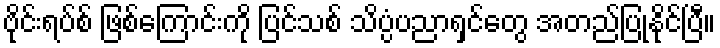
ဗိုင်းရပ်စ် ဖြစ်ကြောင်းကို ပြင်သစ် သိပ္ပံပညာရှင်တွေ အတည်ပြုနိုင်ပြီ။